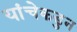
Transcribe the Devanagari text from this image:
यांचेकडुन